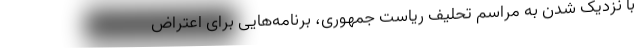
با نزدیک شدن به مراسم تحلیف ریاست جمهوری، برنامه‌هایی برای اعتراض